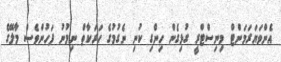
އެންވަޔަރަމަންޓް މިނިސްޓްރީ ގުޅިގެން ހިންގި ކުނި ނެގުމުގެ ހަރަކާތް ނިމުނު ފަހުންވެސް މާލޭގެ